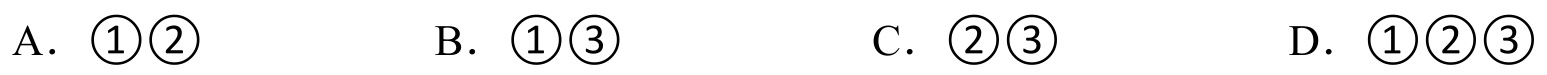
A. \(\textcircled{1}\textcircled{2}\)  B. \(\textcircled{1}\textcircled{3}\)  C. \(\textcircled{2}\textcircled{3}\)  D. \(\textcircled{1}\textcircled{2}\textcircled{3}\)